Vaccination report Assam 1874-1896 - 1874-1896
Year: 1874
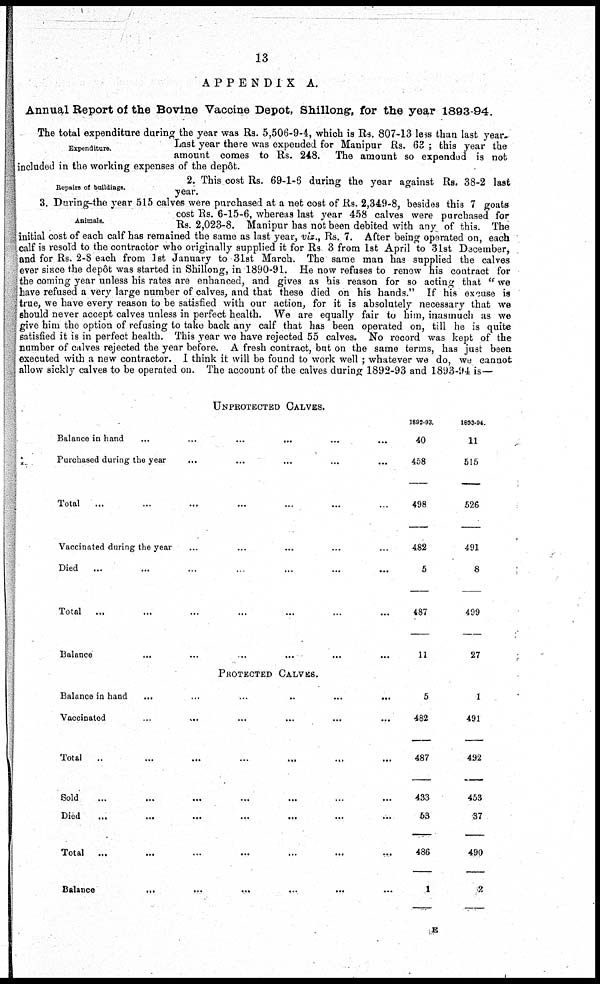
13
APPENDIX A.
Annual Report of the Bovine Vaccine Depot, Shillong, for the year 1893-94.
Expenditure.
The total expenditure during the year was Rs. 5,506-9-4, which is Rs. 807-13 less than last year.
Last year there was expended for Manipur Rs. 63 ; this year the
amount comes to Rs. 248. The amount so expended is not
included in the working expenses of the depôt.
Repairs of buildings.
2. This cost Rs. 69-1-6 during the year against Rs. 38-2 last
year.
Animals.
3. During-the year 515 calves were purchased at a net cost of Rs. 2,349-8, besides this 7 goats
cost Rs. 6-15-6, whereas last year 458 calves were purchased for
Rs. 2,023-8. Manipur has not been debited with any of this. The
initial cost of each calf has remained the same as last year, viz., Rs. 7. After being operated on, each
calf is resold to the contractor who originally supplied it for Rs 3 from 1st April to 31st December,
and for Rs. 2-8 each from 1st January to 31st March. The same man has supplied the calves
ever since the depôt was started in Shillong, in 1890-91. He now refuses to renew his contract for
the coming year unless his rates are enhanced, and gives as his reason for so acting that " we
have refused a very large number of calves, and that these died on his hands." If his excuse is
true, we have every reason to be satisfied with our action, for it is absolutely necessary that we
should never accept calves unless in perfect health. We are equally fair to him, inasmuch as we
give him the option of refusing to take back any calf that has been operated on, till he is quite
satisfied it is in perfect health. This year we have rejected 55 calves. No record was kept of the
number of calves rejected the year before. A fresh contract, but on the same terms, has just been
executed with a new contractor. I think it will be found to work well ; whatever we do, we cannot
allow sickly calves to be operated on. The account of the calves during 1892-93 and 1893-94 is—
UNPROTECTED CALVES.
Balance in hand ... ... ... ... ... ...
Purchased during the year
... ... ... ... ...
Total
... ... ... ... ... ... ...
Vaccinated during the year ... ... ... ... ...
Died
...
...
...
...
...
...
...
Total
... ... ... ... ... ... ...
Balance
...
...
...
...
... ...
1892-93.
40
458
498
482
5
487
11
1693-94.
11
515
526
491
8
499
27
PROTECTED CALVES.
Balance in hand
...
...
...
..
...
...
Vaccinated
...
... ... ... ... ...
Total
...
...
...
...
...
...
...
Sold ... ... ... ... ... ... ...
Died ... ... ... ... ... ... ...
Total
... ... ... ... ... ... ...
Balance
...
...
...
...
... ...
5
482
487
433
53
486
1
1
491
492
453
37
490
2
E